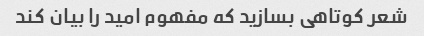
شعر کوتاهی بسازید که مفهوم امید را بیان کند